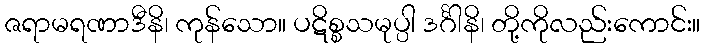
ဇရာမရဏာဒီနိ၊ ကုန်သော။ ပဋိစ္စသမုပ္ပါ ဒင်္ဂါနိ၊ တို့ကိုလည်းကောင်း။